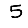
Digit: 5